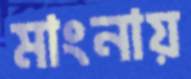
মাংনায়